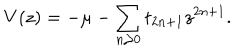
V ( z ) = - \mu - \sum _ { n \ge 0 } t _ { 2 n + 1 } z ^ { 2 n + 1 } .